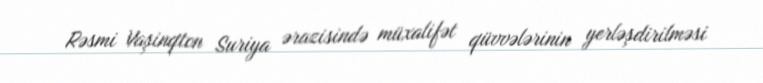
Rəsmi Vaşinqton Suriya ərazisində müxalifət qüvvələrinin yerləşdirilməsi